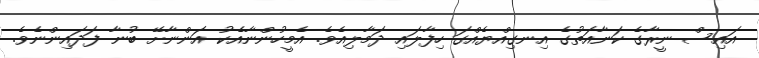
އައިސް ނީރާގެ ކަނާއަތުގެ އިނގިއްޔެއްގަ ހިފާލައި ދަމާލިއެވެ. އެމީހުންނާއެކު އަންނާށޭ ބުނާ ފަދައިންނެވެ.